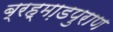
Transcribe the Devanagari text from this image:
ब्रह्मा़डपुराण